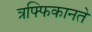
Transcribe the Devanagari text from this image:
त्रफ्फिकानते